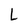
Character: L